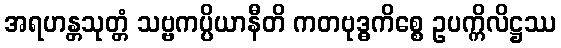
အရဟန္တသုတ္တံ သဗ္ဗကပ္ပိယာနီတိ ကတဗုဒ္ဓကိစ္စေ ဥပက္ကိလိဋ္ဌဿ